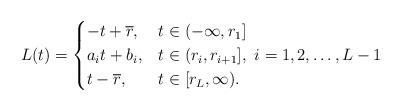
LaTeX: \begin{align*} L(t) = \begin{cases} -t + \overline{r}, & t \in (-\infty,r_1]\\a_it + b_i, & t \in (r_i, r_{i+1}],~ i=1,2,\ldots,L-1\\t-\overline{r}, & t \in [r_L,\infty).\end{cases}\end{align*}